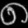
Digit: ၈